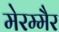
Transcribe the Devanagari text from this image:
मेरम्मैर